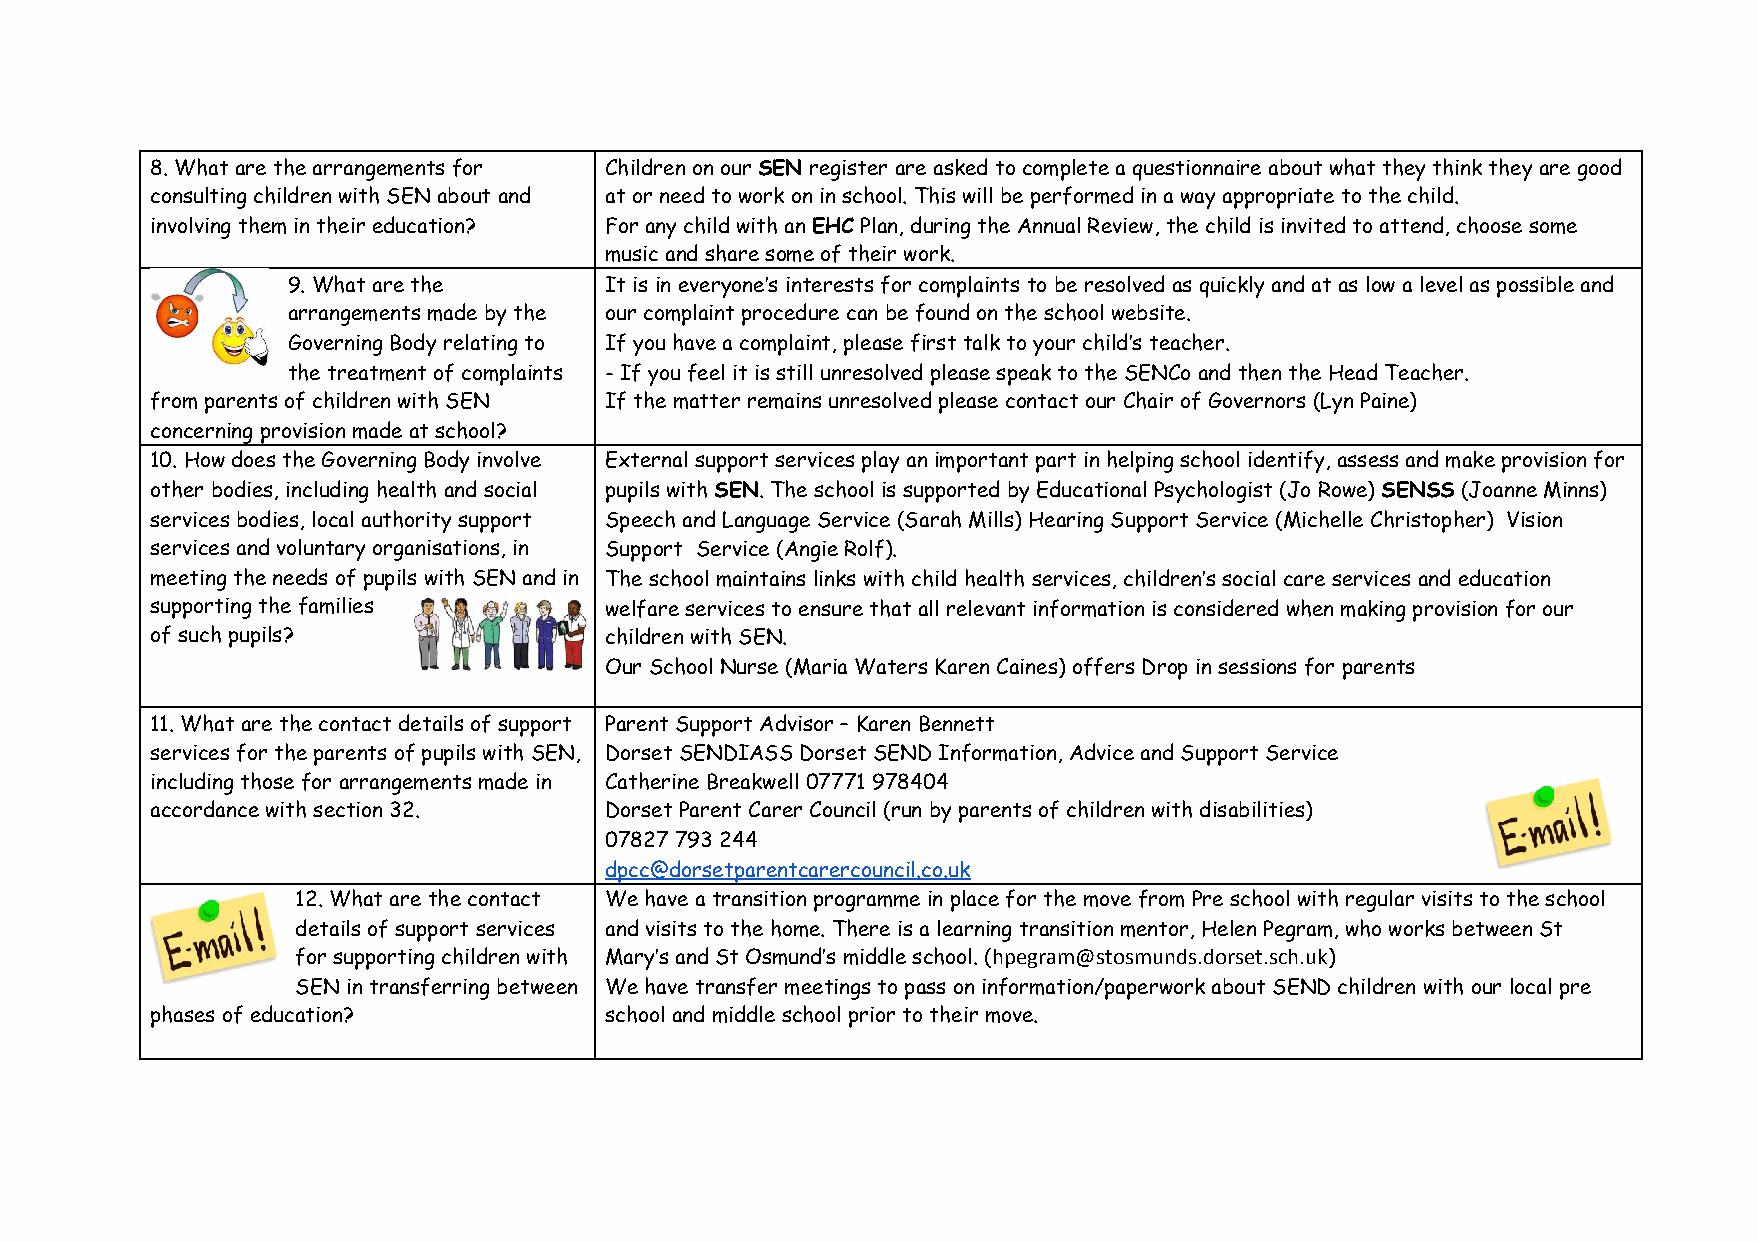
8. What are the arrangements for Children on our SEN register are asked to complete a questionnaire about what they think they are good
 ​  ​
 consulting children with SEN about and at or need to work on in school. This will be performed in a way appropriate to the child.
 involving them in their education? For any child with an EHC Plan, during the Annual Review, the child is invited to attend, choose some
 ​  ​
 music and share some of their work.
 9. What are the      It is in everyone’s interests for complaints to be resolved as quickly and at as low a level as possible and
 arrangements made by the our complaint procedure can be found on the school website.
 Governing Body relating to If you have a complaint, please first talk to your child’s teacher.
 the treatment of complaints - If you feel it is still unresolved please speak to the SENCo and then the Head Teacher.
 from parents of children with SEN If the matter remains unresolved please contact our Chair of Governors (Lyn Paine)
 concerning provision made at school?
 10. How does the Governing Body involve External support services play an important part in helping school identify, assess and make provision for
 other bodies, including health and social pupils with SEN. The school is supported by Educational Psychologist (Jo Rowe) SENSS (Joanne Minns)
 ​  ​                                        ​    ​
 services bodies, local authority support Speech and Language Service (Sarah Mills) Hearing Support Service (Michelle Christopher) Vision
 services and voluntary organisations, in Support Service (Angie Rolf).
 meeting the needs of pupils with SEN and in The school maintains links with child health services, children’s social care services and education
 supporting the families       welfare services to ensure that all relevant information is considered when making provision for our
 of such pupils?               children with SEN.
 Our School Nurse (Maria Waters Karen Caines) offers Drop in sessions for parents
 11. What are the contact details of support Parent Support Advisor – Karen Bennett
 services for the parents of pupils with SEN, Dorset SENDIASS Dorset SEND Information, Advice and Support Service
 including those for arrangements made in Catherine Breakwell 07771 978404
 accordance with section 32.   Dorset Parent Carer Council (run by parents of children with disabilities)
 07827 793 244
 dpcc@dorsetparentcarercouncil.co.uk
 12. What are the contact We have a transition programme in place for the move from Pre school with regular visits to the school
 details of support services and visits to the home. There is a learning transition mentor, Helen Pegram, who works between St
 for supporting children with Mary’s and St Osmund’s middle school. (hpegram@stosmunds.dorset.sch.uk)
 ​                     ​
 SEN in transferring between We have transfer meetings to pass on information/paperwork about SEND children with our local pre
 phases of education?          school and middle school prior to their move.